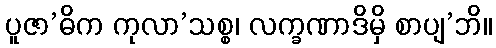
ပူဇာ’ဓိက ကုလာ’သစ္စ၊ လက္ခဏာဒိမှိ စာပျ’ဘိ။